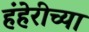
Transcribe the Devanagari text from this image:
हंहेरीच्या